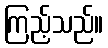
ကြည့်သည်။